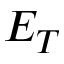
E _ { T }